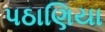
પઠાણિયા